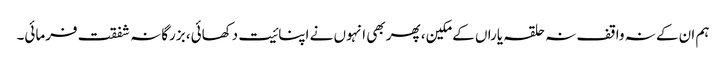
ہم ان کے نہ واقف نہ حلقہ یاراں کے مکین، پھر بھی انہوں نے اپنائیت دکھائی، بزرگانہ شفقت فرمائی۔